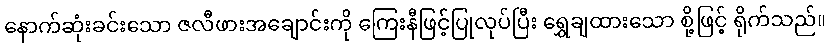
နောက်ဆုံးခင်းသော ဇလီဖားအချောင်းကို ကြေးနီဖြင့်ပြုလုပ်ပြီး ရွှေချထားသော စို့ဖြင့် ရိုက်သည်။